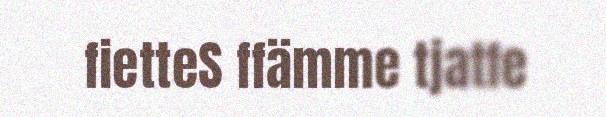
fietteS ffämme tjatfe